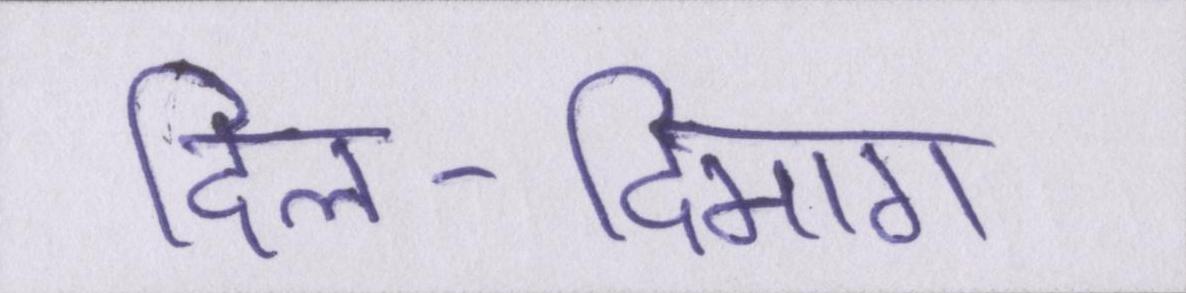
दिल-दिमाग